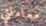
معاملتي